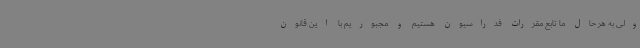
ولی به هر حال ما تابع مقررات فدراسیون هستیم و مجبوریم با این قانون